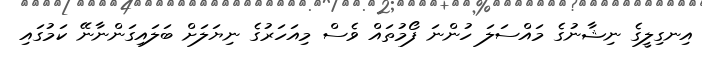
އިނގިލީގެ ނިޝާނުގެ މައްސަލަ ހުންނަ ފޯމުތައް ވެސް މިއަހަރުގެ ނިޔަލަށް ބަލައިގަންނާނޭ ކަމުގައި